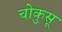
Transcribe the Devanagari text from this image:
चोकुसू